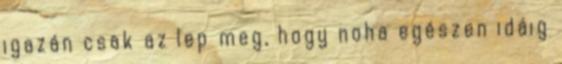
igazán csak az lep meg, hogy noha egészen idáig